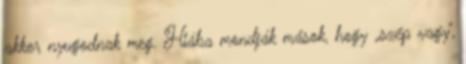
akkor nyugodnak meg. Hiába mondják mások, hogy „szép vagy”,